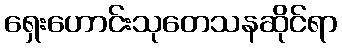
ရှေးဟောင်းသုတေသနဆိုင်ရာ